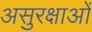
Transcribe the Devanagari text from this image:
असुरक्षाओं